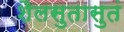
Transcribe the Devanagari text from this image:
शैलसुतासुतं